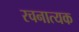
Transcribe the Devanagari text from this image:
रचनात्यक